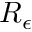
R _ { \epsilon }